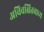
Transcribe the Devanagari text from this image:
अविवक्षितवाच्य